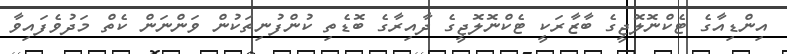
އިންޑިއާގެ ޓެކްނޮލޮޖީގެ ބާޒާރަކީ ޓެކްނޮލޮޖީގެ ދާއިރާގެ ބޮޑެތި ކުންފުނިތަކުން ވަންނަން ކެތް މަދުވެފައިވާ